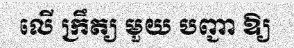
លើ ក្រឹត្យ មួយ បញ្ជា ឱ្យ